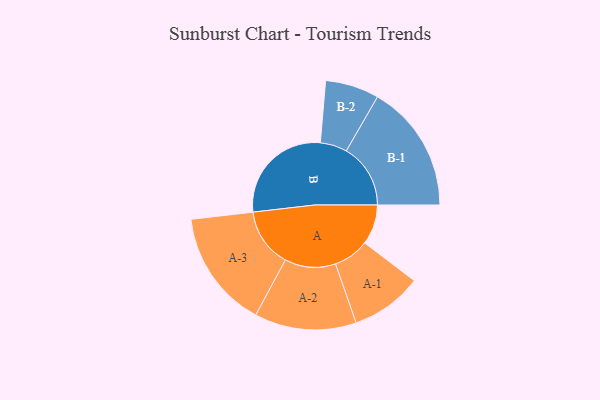
{"axis": {"x": "Segment", "y": "Value"}, "legend": ["", "A", "B"], "data": [{"x": "A", "y": 153, "type": ""}, {"x": "B", "y": 416, "type": ""}, {"x": "A-1", "y": 137, "type": "A"}, {"x": "A-2", "y": 195, "type": "A"}, {"x": "A-3", "y": 226, "type": "A"}, {"x": "B-1", "y": 246, "type": "B"}, {"x": "B-2", "y": 103, "type": "B"}]}